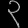
Digit: ၃